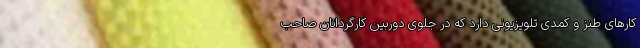
کارهای طنز و کمدی تلویزیونی دارد که در جلوی دوربین کارگردانانِ صاحب